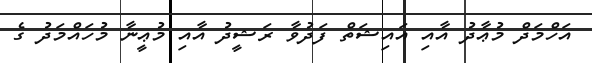
އަހްމަދް މުޢާދު އާއި އައިޝަތް ފަދުވާ ރަޝީދު އާއި މުޢީނާ މުހައްމަދު ގެ